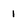
Character: 1